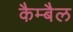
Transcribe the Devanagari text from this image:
कैम्बैल